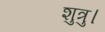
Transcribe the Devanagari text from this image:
शुत्रु।